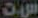
ست